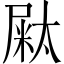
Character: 𡳁